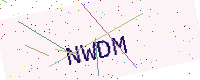
Text: NWDM